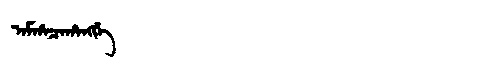
Manchu: ᠠᠮᡥᠠᠴᠠᡥᠠᠩᡤᡝ
Romanization: AMHACAHANGGE